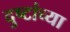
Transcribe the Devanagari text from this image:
दुष्टांच्या